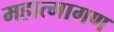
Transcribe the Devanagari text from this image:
महात्मागण